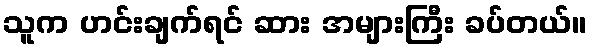
သူက ဟင်းချက်ရင် ဆား အများကြီး ခပ်တယ်။